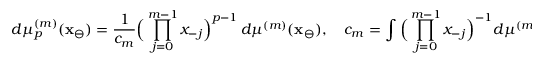
d \mu _ { p } ^ { ( m ) } ( \mathbf { x } _ { \ominus } ) = \frac { 1 } { c _ { m } } \Big ( \prod _ { j = 0 } ^ { m - 1 } x _ { - j } \Big ) ^ { p - 1 } \, d \mu ^ { ( m ) } ( \mathbf { x } _ { \ominus } ) , \quad c _ { m } = \int \Big ( \prod _ { j = 0 } ^ { m - 1 } x _ { - j } \Big ) ^ { - 1 } d \mu ^ { ( m ) } ( \mathbf { x } _ { \ominus } ) .